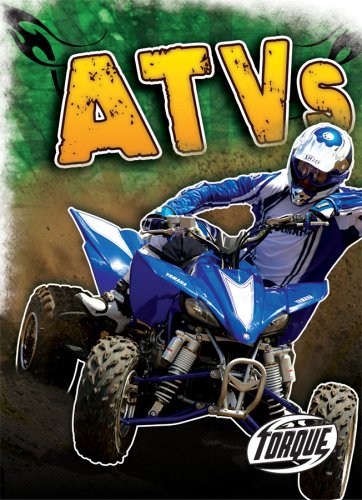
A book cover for ATVs (Torque: Cool Rides) (Torque Books); Jack David; Children's Books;